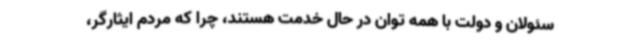
سئولان و دولت با همه توان در حال خدمت هستند، چرا که مردم ایثارگر،